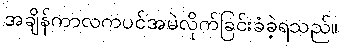
အချိန်ကာလကပင်အမဲလိုက်ခြင်းခံခဲ့ရသည်။